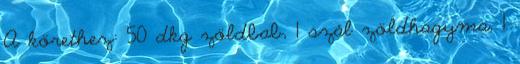
A körethez: 50 dkg zöldbab, 1 szál zöldhagyma, 1